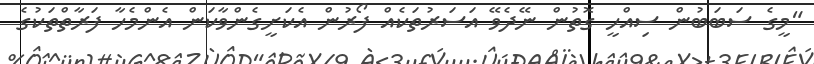
"މީގެ ސަބަބުން ސިއްހީ ގޮތުން ނޭދެވޭ އަސަރުތަކެއް ފޯރުން އެކަށީގެންވާކަން އެންމެހާ ފަރާތްތަކުގެ